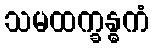
သမထက္ခန္ဓကံ